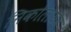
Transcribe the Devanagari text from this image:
निकोलायेव